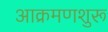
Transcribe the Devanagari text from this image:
आक्रमणशुरू